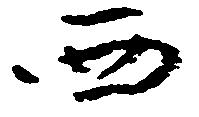
西